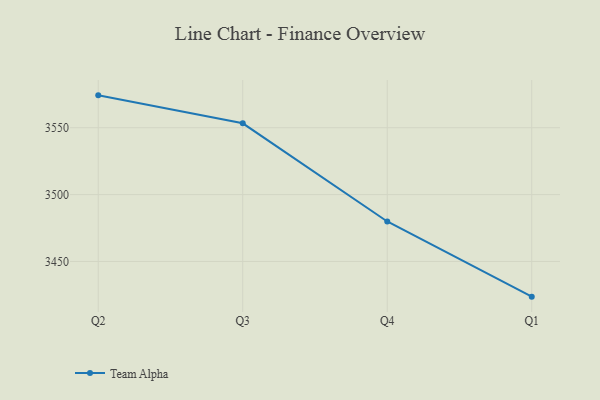
{"axis": {"x": "Quarter", "y": "Production Output"}, "legend": ["Team Alpha"], "data": [{"x": "Q2", "y": 3574.2, "type": "Team Alpha"}, {"x": "Q3", "y": 3553.3, "type": "Team Alpha"}, {"x": "Q4", "y": 3479.9, "type": "Team Alpha"}, {"x": "Q1", "y": 3423.7, "type": "Team Alpha"}]}